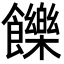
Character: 𩟧